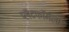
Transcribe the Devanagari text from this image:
प्लॅटफॉर्मला